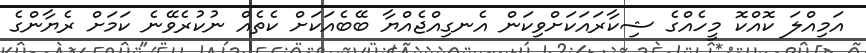
އަމިއްލަ ކޮއްކޮ މީހެއްގެ ޝިކާރައަކަށްވިކަން އެނގިއްޖެއްޔާ ބޭބެއަކަށް ކެތެއް ނުކުރެވޭނެ ކަމަށް ރެޔާންގެ